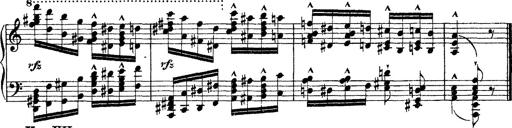
Title: Ã‰tudes d'exÃ©cution transcendante d'aprÃ¨s Paganini
Composer: Franz Liszt